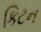
કિટન